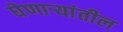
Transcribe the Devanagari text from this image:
घेणार्‍यांतील